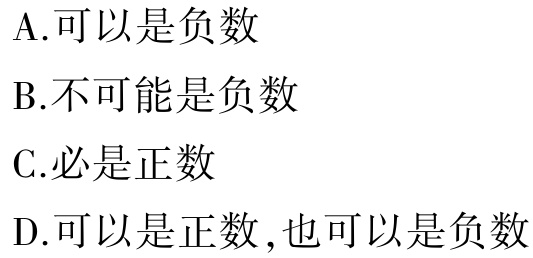
A.可以是负数

B.不可能是负数

C.必是正数

D.可以是正数 ,也可以是负数